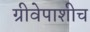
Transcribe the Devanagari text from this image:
ग्रीवेपाशीच